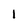
Character: 1